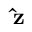
\mathbf { \hat { z } }